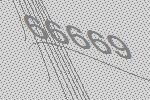
66669